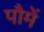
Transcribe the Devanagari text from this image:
पौमें